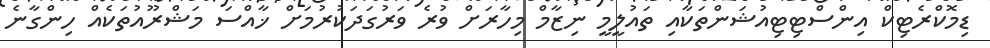
ޑިމޮކްރެޓިކް އިންސްޓިޓިއުޝަންތަކާއި ތައުލީމީ ނިޒާމް މިހާރަށް ވުރެ ވަރުގަދަކުރުމަށް ޚާއްސަ މަޝްރޫއުތަކެއް ހިންގާނެ